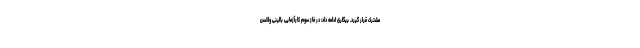
مشترک قرار گیرد. بیگلری ادامه داد: در فاز سوم کارآزمایی بالینی واکسن